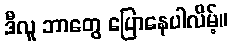
ဒီလူ ဘာတွေ ပြောနေပါလိမ့်။